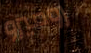
روميرو